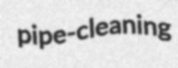
pipe-cleaning